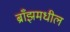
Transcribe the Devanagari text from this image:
ब्राँझमधील